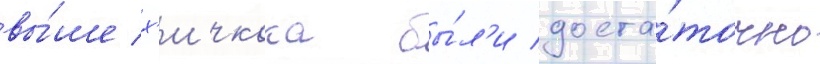
вы́ше х'ичкока бы́л'и доста́точно